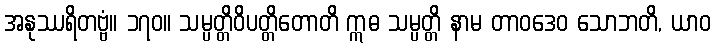
အနုဿရိတဗ္ဗံ။ ၁၇၀။ သမ္ပတ္တိဝိပတ္တိတောတိ ဣဓ သမ္ပတ္တိ နာမ တာဝဒေဝ သောဘတိ, ယာဝ